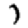
Digit: 7